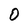
Character: 0